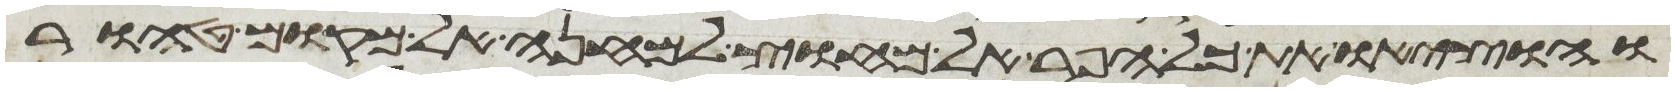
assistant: והוציאו את כל הפר אל מחוץ למחנה אל מקום טהור